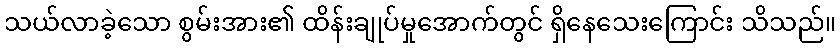
သယ်လာခဲ့သော စွမ်းအား၏ ထိန်းချုပ်မှုအောက်တွင် ရှိနေသေးကြောင်း သိသည်။